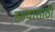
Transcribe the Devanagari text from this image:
हल्यासाठी